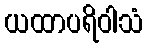
ယထာပရိဝါသံ